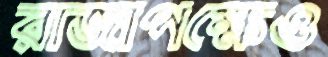
রাজাপক্ষেও